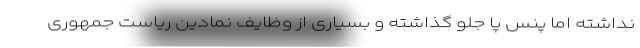
نداشته اما پنس پا جلو گذاشته و بسیاری از وظایف نمادین ریاست جمهوری